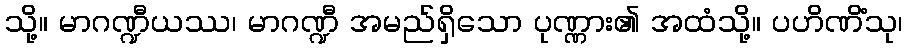
သို့။ မာဂဏ္ဍီယဿ၊ မာဂဏ္ဍီ အမည်ရှိသော ပုဏ္ဏား၏ အထံသို့။ ပဟိဏိံသု၊